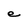
Character: e